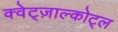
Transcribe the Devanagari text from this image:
क्वेट्ज़ाल्कोट्ल